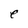
Character: e